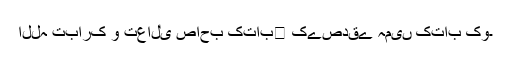
اللہ تبارک و تعالٰی صاحب کتاب﷑ کےصدقے ہمیں کتاب کو۔